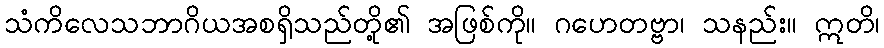
သံကိလေသဘာဂိယအစရှိသည်တို့၏ အဖြစ်ကို။ ဂဟေတဗ္ဗာ၊ သနည်း။ ဣတိ၊